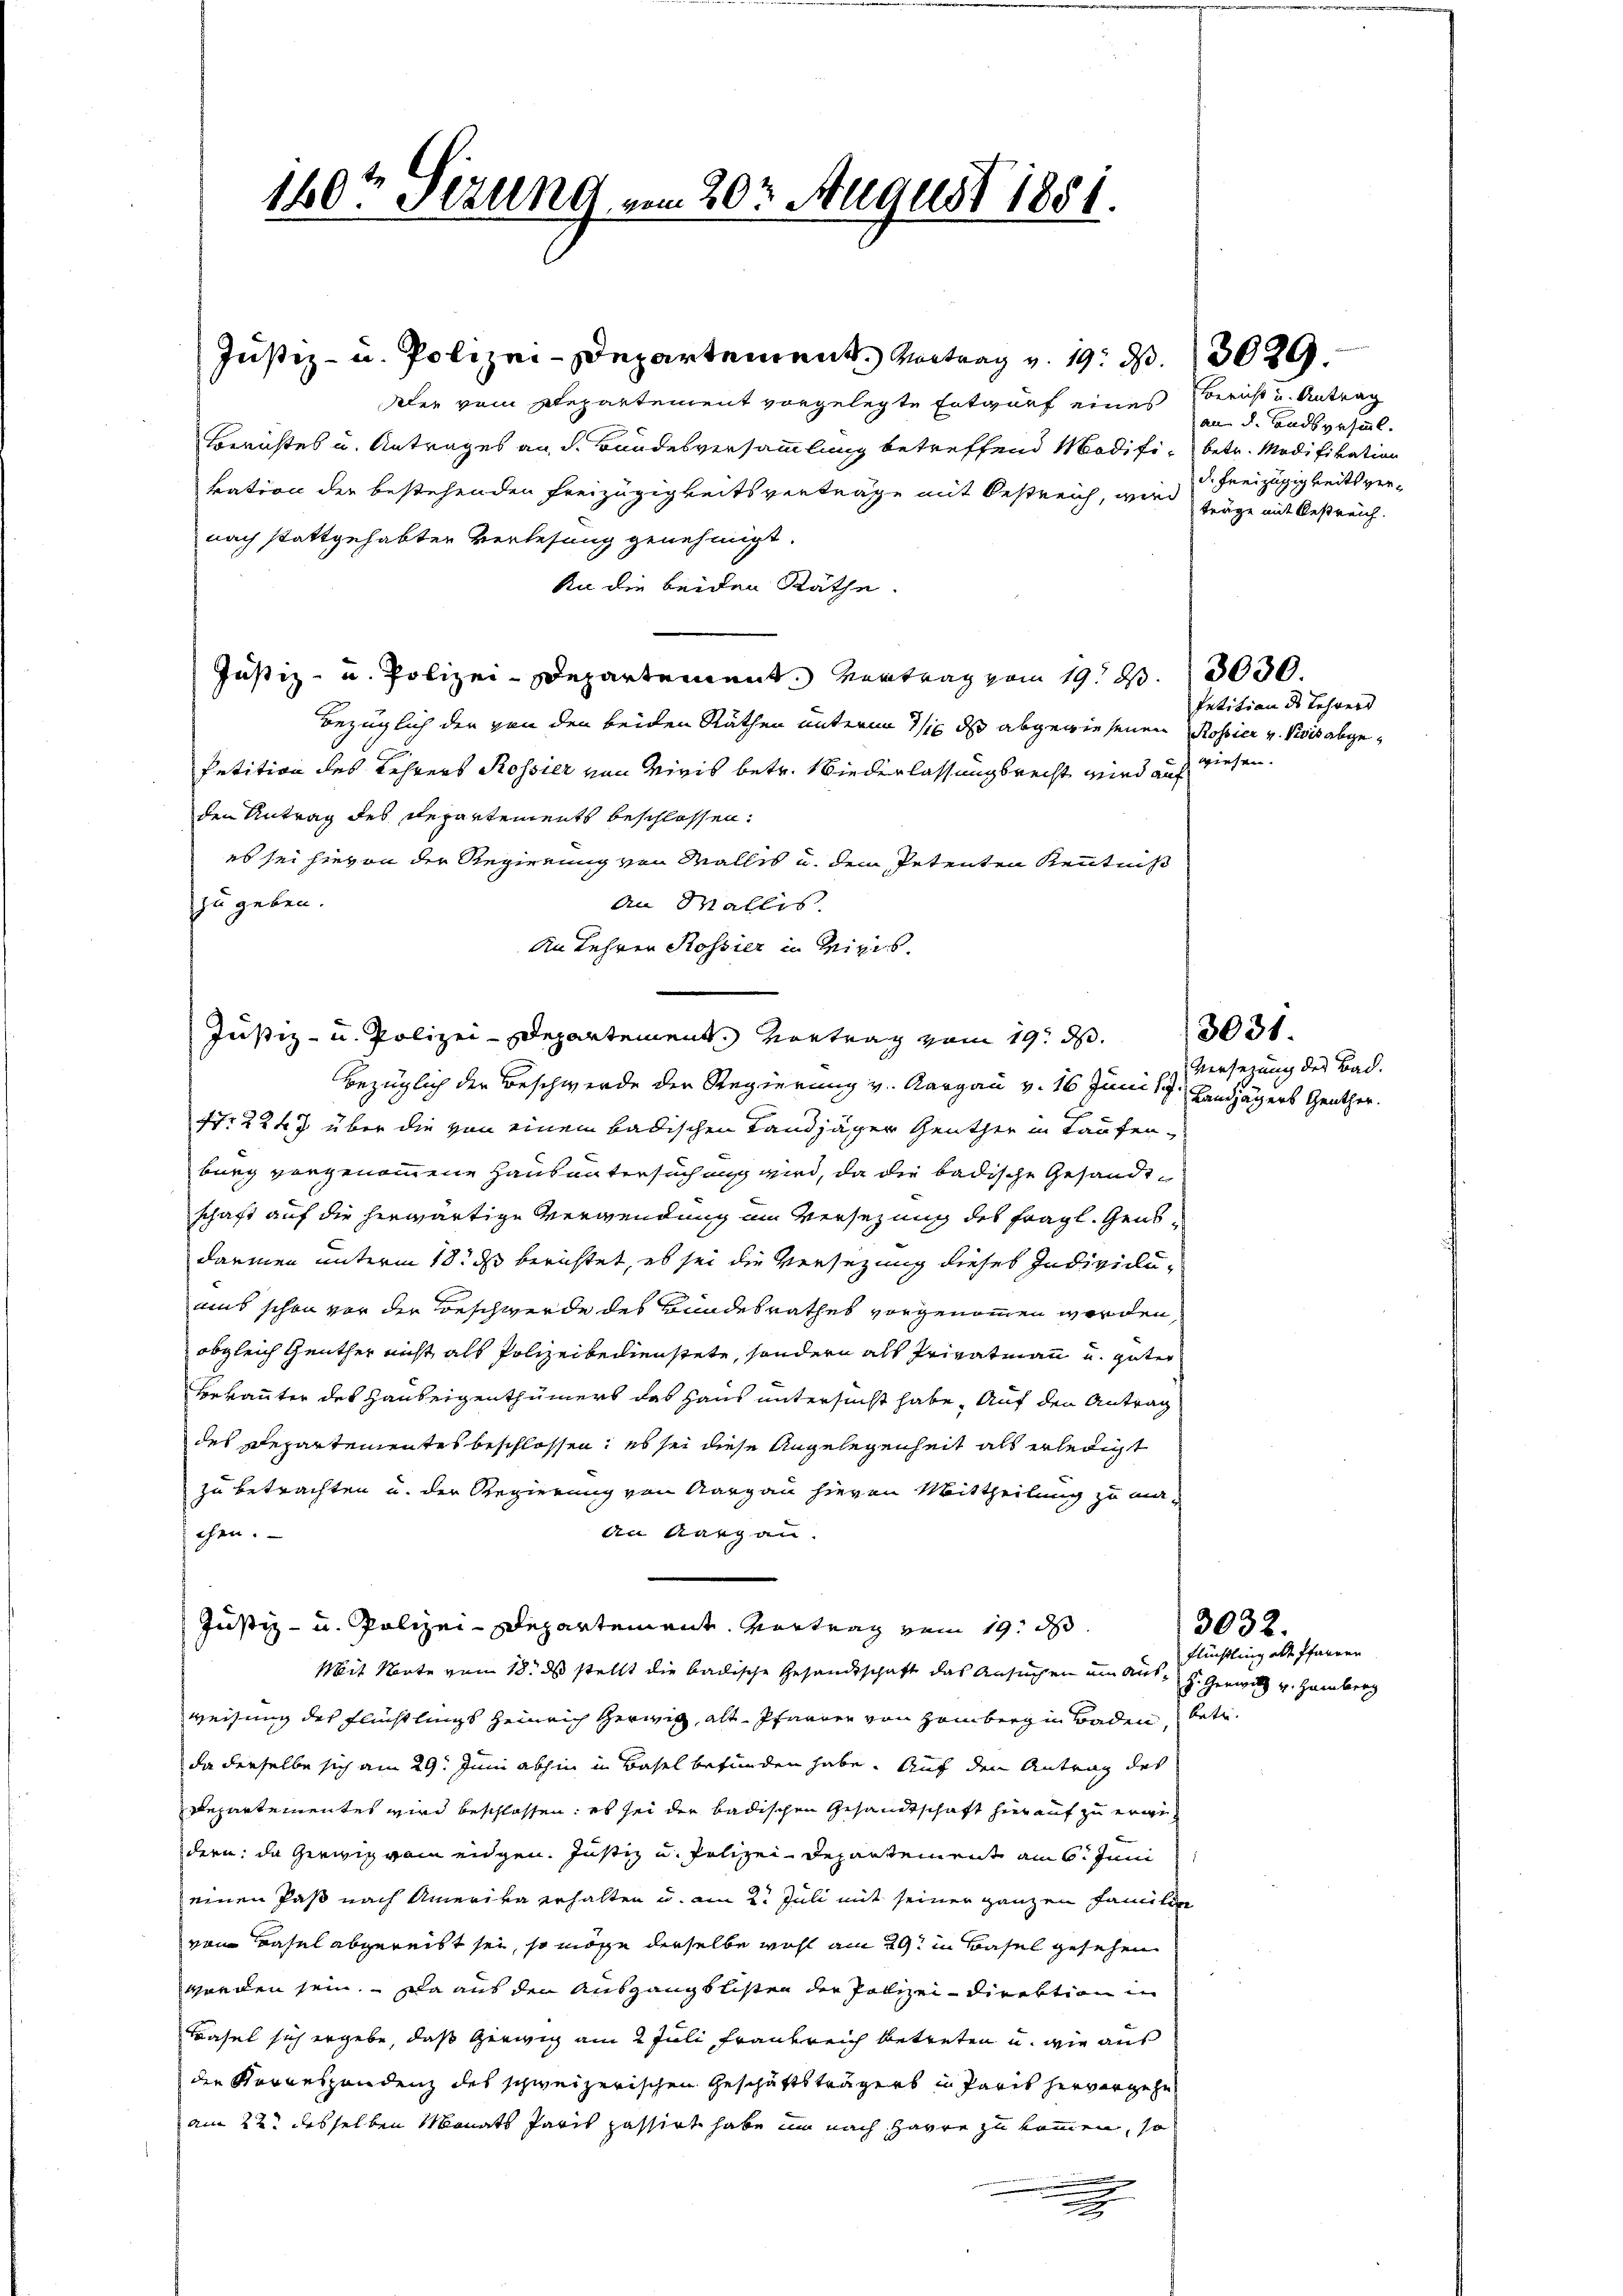
120t Sezung vom 20ten August 1851.

Justiz- u. Polizei-Departement. Vortrag vom 19. d. 3031.

Justiz- u. Polizei-Departement. Vortrag v. 19. d.
dler vom Departement vorgelegte Entwurf eines
Berichtes u. Antrages an d. Bundesversammlung betreffend Modifi- betr. Modifikation
kation der bestehenden Freizügigkeitsverträge mit Oestreich, wird fräge mit Oestreich-
nach stattgehabten Verlesung genehmigt.
An die beiden Räthe.
Justiz- u. Polizei-Departement. Vertrag vom 19. d. 3030.
bezüglich der von den beiden Räthen unterm 1/16 ds abgewiesenen Rossier v. Visis abge¬
Petition des Lehrers Rossier von Miris betr. Niederlassungsrecht wird auf diesen.
den Antrag des Departements beschlossen:
es sei hievon der Regierung von Malles u. dem Petenten Kenntniß
zu geben.
An Wallis.
An Lehren Rossier in Minis.
bezüglich der Beschwerde der Regierung v. Aargau v. 16 Juni 189. Landjägers Genther.
Nr 2247 über die von einem badischen Landjäger Genther in Laufen-
burg vorgenommene Haus untersuch auch wird, da die badische Gesandtschaft auf die herwärtige Verwendung im Versezung des fragl. Gensdarmen unterm 18. ds berichtet, es sei die Versezung dieses Indivicluuns schon vor der Beschwerde des Bundesrathes vorgenommen worden,
obgleich Genther nicht als Polizeibedienstete, sondern als Privatmann und güter
Bekannter des Hauseigenthümers des Haus untersucht habe, auf den Antrag
des Departementes beschlossen: es sei diese Angelegenheit als erledigt
zu betrachten u. der Regierung von Aargau hievon Mittheilung zu maan Aargau.
chen.
Justiz- u. Polizei-Departement. Vortrag vom 19. d.
Mit Sorte vom 18. ds stellt die badische Gesandtschaft das Ansuchen um Aus- H. Gerwetz v. Hamberg
weisung des Flüchtlings Heinrich herwig, alt Pfarrer von Hamberg in Baden, betr.
da derselbe sich am 29. Juni abhin in Basel befunden habe. Auch den Antrag des
Departementes wird beschlossen: es sei der badischen Gesandtschaft hierauf zu ergedern: da Giewig vom eidgen. Justiz u. Polizei Departement am 6. Juni
einen Paß nach Amerika erhalten u. am 2. Juli mit seiner ganzen Familie
von Basel abgereist sei, so möge derselbe wohl am 29t in Basel gesehen
werden sein. Da aus den Ausgangslisten der Polizeidirektion in
Basel sich ergebe, daß Geewig am 2 Juli Frankreich betreten u. wie aus
die Korrespondenz des schweizerischen Geschäftsträgers in Paris hervorgehe
am 22. desselben Sanats Paris passirt habe um nach Harre zu kommen, so
n

Bericht u. Antrag
an den Landsgesinnl.
d. Freizügigkeits ver¬

3029.

Petition des Lehrers

Versezung der Bad.

Flüchtling als Pfarren

3032.